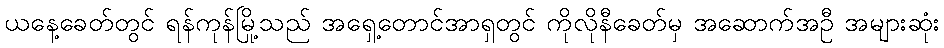
ယနေ့ခေတ်တွင် ရန်ကုန်မြို့သည် အရှေ့တောင်အာရှတွင် ကိုလိုနီခေတ်မှ အဆောက်အဦ အများဆုံး